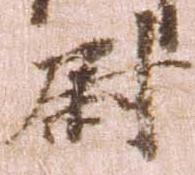
尉